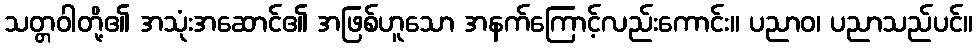
သတ္တဝါတို့၏ အသုံးအဆောင်၏ အဖြစ်ဟူသော အနက်ကြောင့်လည်းကောင်း။ ပညာဝ၊ ပညာသည်ပင်။